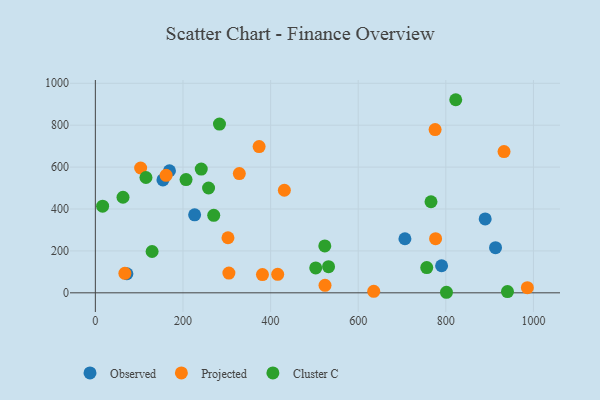
{"axis": {"x": "Investment", "y": "Sales"}, "legend": ["Cluster C", "Observed", "Projected"], "data": [{"x": "913.4", "y": 215.5, "type": "Observed"}, {"x": "72.0", "y": 91.0, "type": "Observed"}, {"x": "169.2", "y": 582.6, "type": "Observed"}, {"x": "706.6", "y": 258.0, "type": "Observed"}, {"x": "226.6", "y": 372.0, "type": "Observed"}, {"x": "154.3", "y": 539.0, "type": "Observed"}, {"x": "790.3", "y": 129.1, "type": "Observed"}, {"x": "889.8", "y": 352.8, "type": "Observed"}, {"x": "776.6", "y": 258.5, "type": "Projected"}, {"x": "635.4", "y": 7.0, "type": "Projected"}, {"x": "373.8", "y": 697.8, "type": "Projected"}, {"x": "416.2", "y": 88.4, "type": "Projected"}, {"x": "932.8", "y": 674.1, "type": "Projected"}, {"x": "67.4", "y": 92.9, "type": "Projected"}, {"x": "304.8", "y": 94.2, "type": "Projected"}, {"x": "524.2", "y": 35.7, "type": "Projected"}, {"x": "986.1", "y": 24.6, "type": "Projected"}, {"x": "381.4", "y": 87.3, "type": "Projected"}, {"x": "328.6", "y": 569.1, "type": "Projected"}, {"x": "775.5", "y": 779.0, "type": "Projected"}, {"x": "103.4", "y": 595.7, "type": "Projected"}, {"x": "302.7", "y": 262.8, "type": "Projected"}, {"x": "431.4", "y": 489.5, "type": "Projected"}, {"x": "161.5", "y": 560.8, "type": "Projected"}, {"x": "129.5", "y": 197.3, "type": "Cluster C"}, {"x": "532.3", "y": 125.0, "type": "Cluster C"}, {"x": "258.4", "y": 500.3, "type": "Cluster C"}, {"x": "63.1", "y": 456.1, "type": "Cluster C"}, {"x": "283.3", "y": 805.3, "type": "Cluster C"}, {"x": "16.6", "y": 413.3, "type": "Cluster C"}, {"x": "115.5", "y": 550.3, "type": "Cluster C"}, {"x": "503.0", "y": 118.8, "type": "Cluster C"}, {"x": "801.4", "y": 2.6, "type": "Cluster C"}, {"x": "241.7", "y": 590.6, "type": "Cluster C"}, {"x": "270.2", "y": 369.9, "type": "Cluster C"}, {"x": "523.7", "y": 224.0, "type": "Cluster C"}, {"x": "756.4", "y": 120.3, "type": "Cluster C"}, {"x": "940.7", "y": 6.0, "type": "Cluster C"}, {"x": "822.6", "y": 921.5, "type": "Cluster C"}, {"x": "766.1", "y": 434.5, "type": "Cluster C"}, {"x": "207.0", "y": 540.3, "type": "Cluster C"}]}